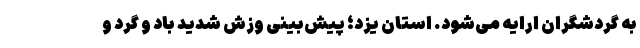
به گردشگران ارایه می‌شود. استان یزد؛ پیش‌بینی وزش شدید باد و گرد و